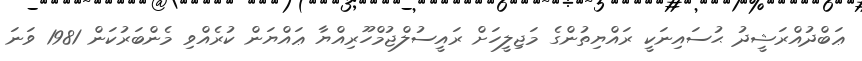
ޢަބްދުއްރަޝީދު ޙުސައިނަކީ ރައްޔިތުންގެ މަޖިލީހަށް ރައީސުލްޖުމްހޫރިއްޔާ ޢައްޔަން ކުރެއްވި މެންބަރުކަން 1981 ވަނަ